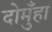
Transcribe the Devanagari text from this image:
दोमुँहा